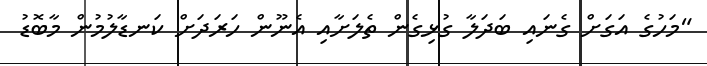
"މަހުގެ އަގަށް ގެނައި ބަދަލާ ގުޅިގެން ތެލަށާއި އެނޫން ހަރަދަށް ކަނޑާލުމުން މާބޮޑު